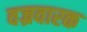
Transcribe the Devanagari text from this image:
वज्रवारक